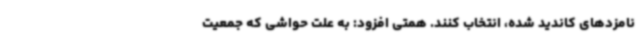
نامزدهای کاندید شده، انتخاب کنند. همتی افزود: به علت حواشی که جمعیت